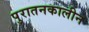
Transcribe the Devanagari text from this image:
पुरातनकालीन